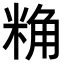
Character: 𮇢